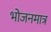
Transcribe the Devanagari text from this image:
भोजनमात्र